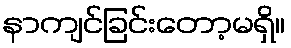
နာကျင်ခြင်းတော့မရှိ။